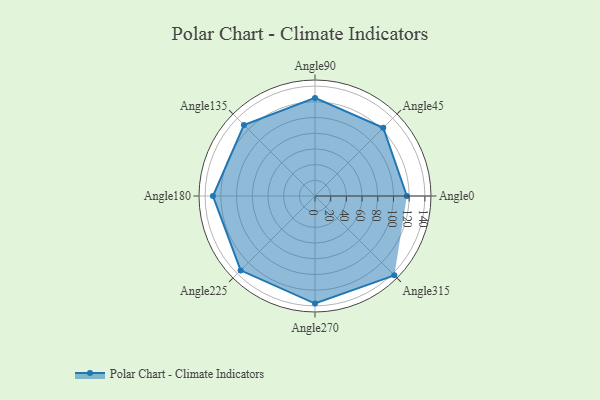
{"axis": {"x": "Angle", "y": "Radius"}, "legend": [""], "data": [{"x": "Angle0", "y": 117.0, "type": ""}, {"x": "Angle45", "y": 123.0, "type": ""}, {"x": "Angle90", "y": 125.0, "type": ""}, {"x": "Angle135", "y": 128.0, "type": ""}, {"x": "Angle180", "y": 130.0, "type": ""}, {"x": "Angle225", "y": 134.0, "type": ""}, {"x": "Angle270", "y": 137.0, "type": ""}, {"x": "Angle315", "y": 143.0, "type": ""}]}